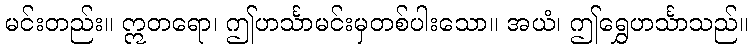
မင်းတည်း။ ဣတရော၊ ဤဟင်္သာမင်းမှတစ်ပါးသော။ အယံ၊ ဤရွှေဟင်္သာသည်။